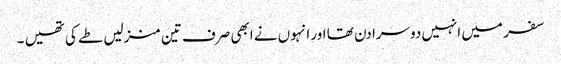
سفر میں انہیں دوسرا دن تھا اور انہوں نے ابھی صرف تین منزلیں طے کی تھیں ۔